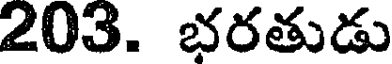
203. భరతుడు